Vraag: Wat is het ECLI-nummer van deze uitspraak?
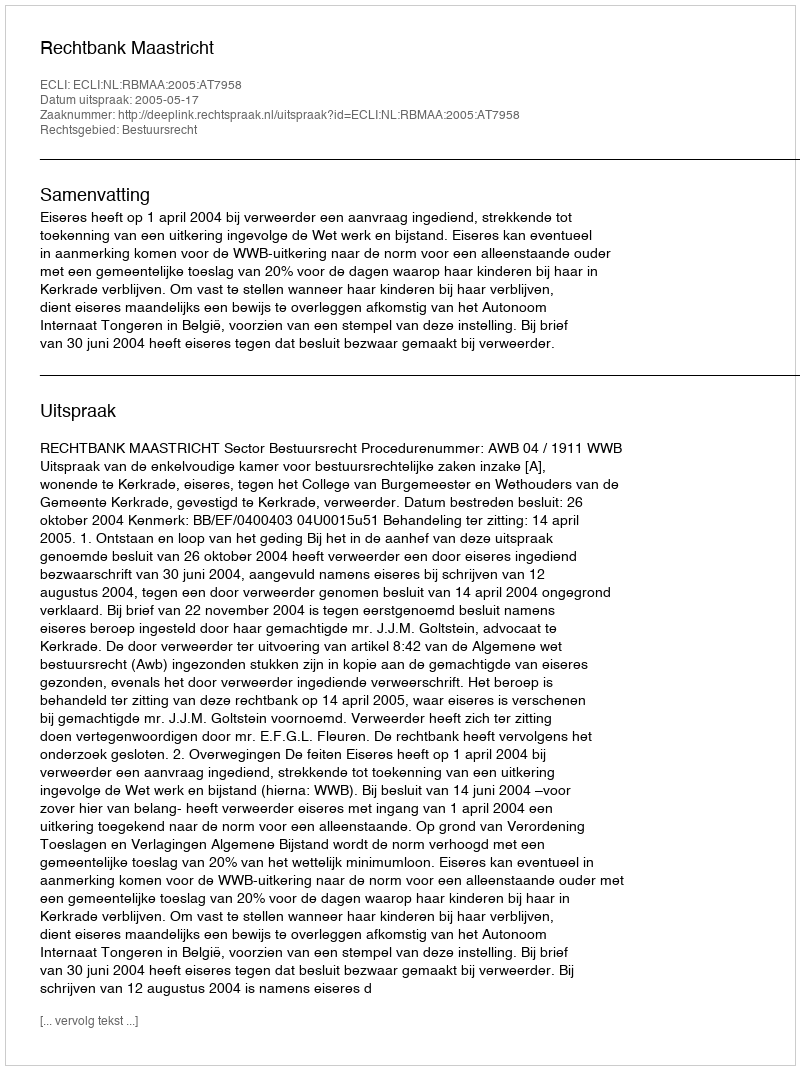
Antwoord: ECLI:NL:RBMAA:2005:AT7958